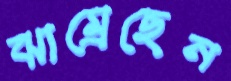
ঝাম্‌রেছেন